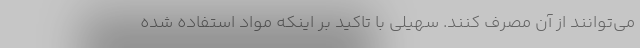
می‌توانند از آن مصرف کنند. سهیلی با تاکید بر اینکه مواد استفاده شده